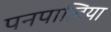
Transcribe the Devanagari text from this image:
पनपालिया